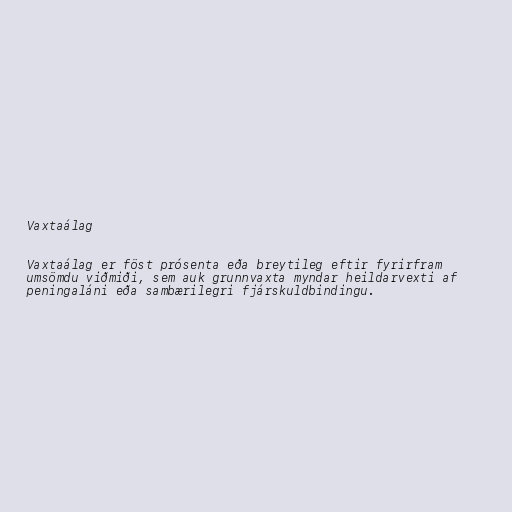
Vaxtaálag

Vaxtaálag er föst prósenta eða breytileg eftir fyrirfram
umsömdu viðmiði, sem auk grunnvaxta myndar heildarvexti af
peningaláni eða sambærilegri fjárskuldbindingu.